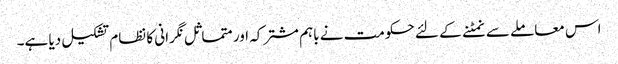
اس معاملے سے نمٹنے کے لئے حکومت نے باہم مشترکہ اور متماثل نگرانی کا نظام تشکیل دیا ہے۔